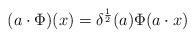
LaTeX: \begin{align*} (a\cdot \Phi)(x) = \delta^{\frac{1}{2}}(a) \Phi( a\cdot x)\end{align*}